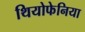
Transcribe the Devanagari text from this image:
थियोफेनिया